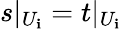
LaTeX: s|_{U_{\mathbf{i}}}=t|_{U_{\mathbf{i}}}